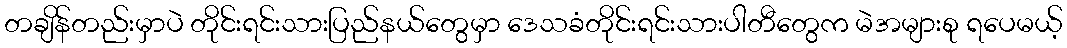
တချိန်တည်းမှာပဲ တိုင်းရင်းသားပြည်နယ်တွေမှာ ဒေသခံတိုင်းရင်းသားပါတီတွေက မဲအများစု ရပေမယ့်